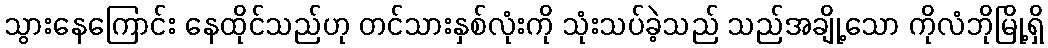
သွားနေကြောင်း နေထိုင်သည်ဟု တင်သားနှစ်လုံးကို သုံးသပ်ခဲ့သည် သည်အချို့သော ကိုလံဘိုမြို့ရှိ